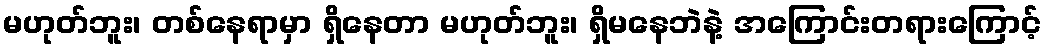
မဟုတ်ဘူး၊ တစ်နေရာမှာ ရှိနေတာ မဟုတ်ဘူး၊ ရှိမနေဘဲနဲ့ အကြောင်းတရားကြောင့်